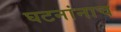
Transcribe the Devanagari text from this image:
घटनांनाच